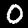
Digit: 0